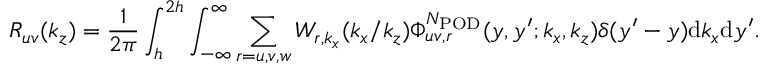
R _ { u v } ( k _ { z } ) = \frac { 1 } { 2 \pi } \int _ { h } ^ { 2 h } \int _ { - \infty } ^ { \infty } \sum _ { r = u , v , w } W _ { r , k _ { x } } ( k _ { x } / k _ { z } ) \Phi _ { u v , r } ^ { N _ { \mathrm { P O D } } } ( y , y ^ { \prime } ; k _ { x } , k _ { z } ) \delta ( y ^ { \prime } - y ) \mathrm { d } k _ { x } \mathrm { d } y ^ { \prime } .